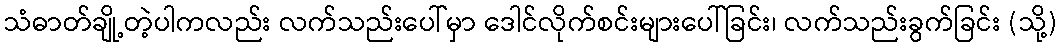
သံဓာတ်ချို့တဲ့ပါကလည်း လက်သည်းပေါ်မှာ ဒေါင်လိုက်စင်းများပေါ်ခြင်း၊ လက်သည်းခွက်ခြင်း (သို့)